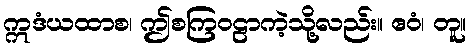
ဣဒံယထာစ၊ ဤစကြဝဠာကဲ့သို့လည်း။ ဧဝံ၊ တူ။